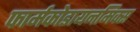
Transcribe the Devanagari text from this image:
फार्मकोडायनमिक्स